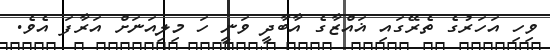
ވިހި އަހަރުގެ ތެރޭގައި ޣައްޒާގެ އާބާދީ ވަނީ ހަ މިލިއަނަށް އަރާފަ އެވެ.